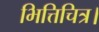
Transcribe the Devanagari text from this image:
भित्तिचित्र।